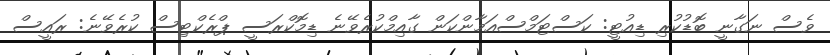
ވެސް ނަގާނީ ބޮޑުކުރި ޑިއުޓީ: ކަސްޓަމްސްއަމާންކަން ގާއިމްކުރެވޭނެ ޑިމޮކްރަސީ ޕްރެކްޓިސް ކުރެވޭނެ: ރައީސް